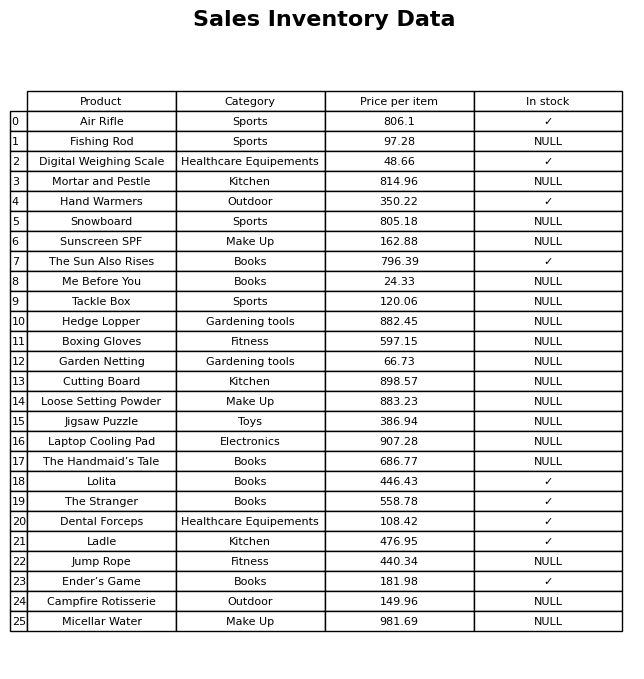
question: What is the price for Hand Warmers?
answer: The price of Hand Warmers is 350.22.